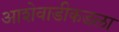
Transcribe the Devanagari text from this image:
आशेवाडीकडला